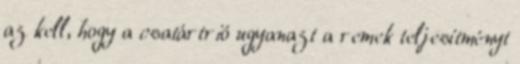
az kell, hogy a csatártrió ugyanazt a remek teljesítményt